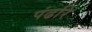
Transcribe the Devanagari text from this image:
पंढरि